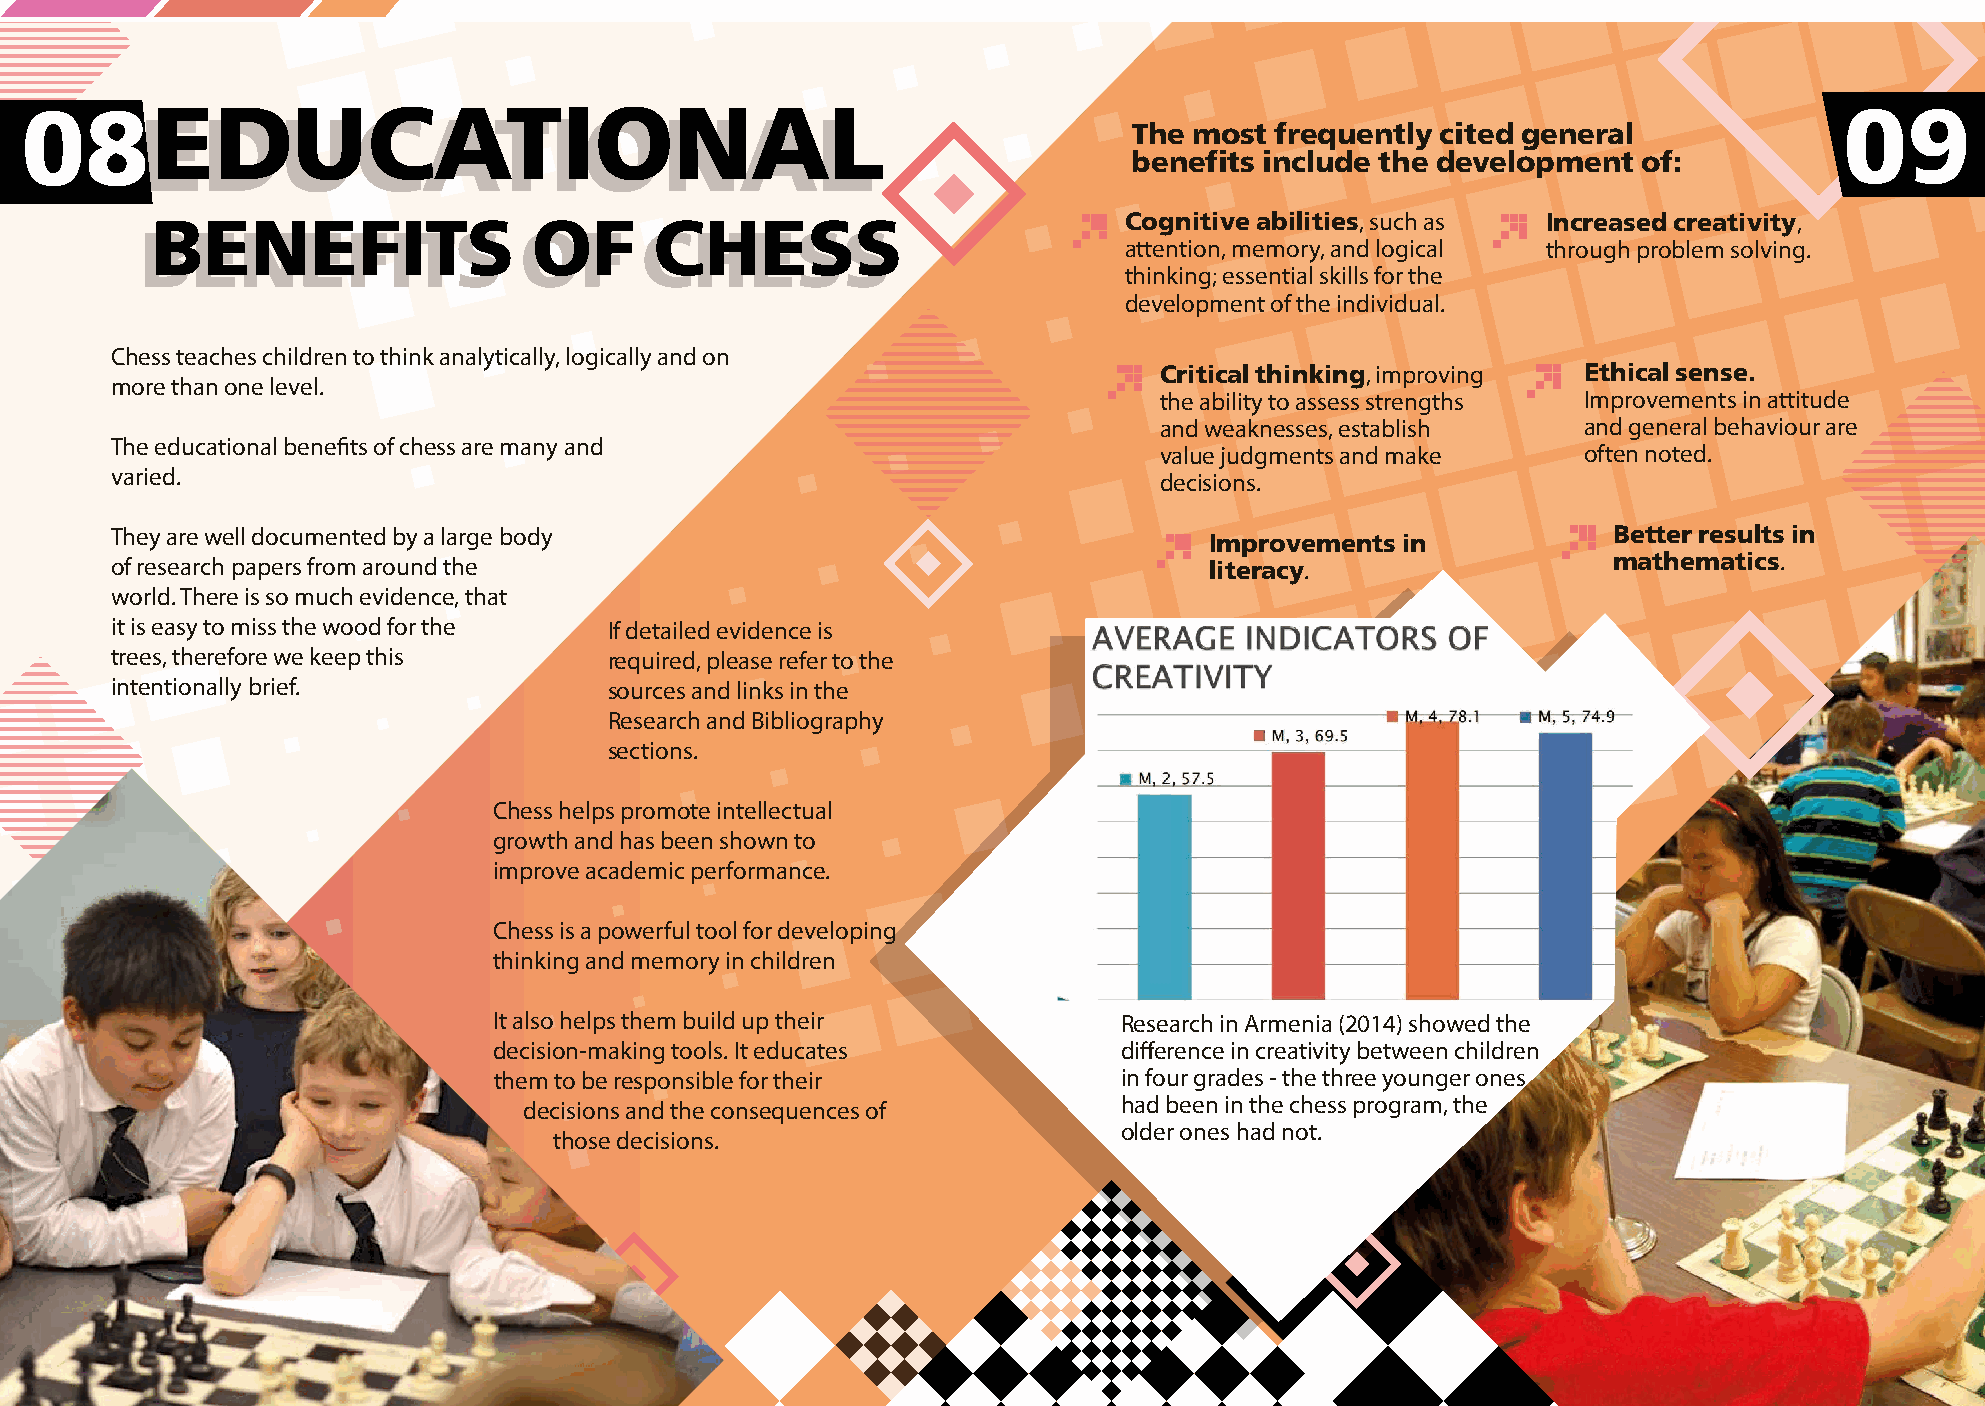
P8-9:            05       EDUCATIONAL                                     BENEFITS                       OF         CHESS
 08EDUCATIONAL                                                                                                            09
 EDUCATIONAL
 The most frequently cited general
 benefits include the development  of:
 BENEFITS                 OF      CHESS                          Cognitive abilities, such as Increased creativity,
 BENEFITS                 OF      CHESS
 attention, memory, and logical through problem solving.
 thinking; essential skills for the
 development of the individual.
 Chess teaches children to think analytically, logically and on
 Critical thinking, improving Ethical sense.
 more than one level.
 the ability to assess strengths Improvements in attitude
 and weaknesses, establish   and general behaviour are
 The educational benefits of chess are many and
 value judgments and make    often noted.
 varied.                                                               decisions.
 They are well documented by a large body                                 Improvements in            Better results in
 of research papers from around the                                       literacy.                  mathematics.
 world. There is so much evidence, that
 it is easy to miss the wood for the If detailed evidence is
 trees, therefore we keep this    required, please refer to the
 intentionally brief.             sources and links in the
 Research and Bibliography
 sections.
 Chess helps promote intellectual
 growth and has been shown to
 improve academic performance.
 Chess is a powerful tool for developing
 thinking and memory in children
 It also helps them build up their        Research in Armenia (2014) showed the
 Research in Armenia (2014) showed the
 decision-making tools. It educates       difference in creativity between children
 difference in creativity between children
 them to be responsible for their         in four grades - the three younger ones
 in four grades - the three younger ones
 had been in the chess program, the
 decisions and the consequences of
 had been in the chess program, the
 older ones had not.
 those decisions.
 older ones had not.